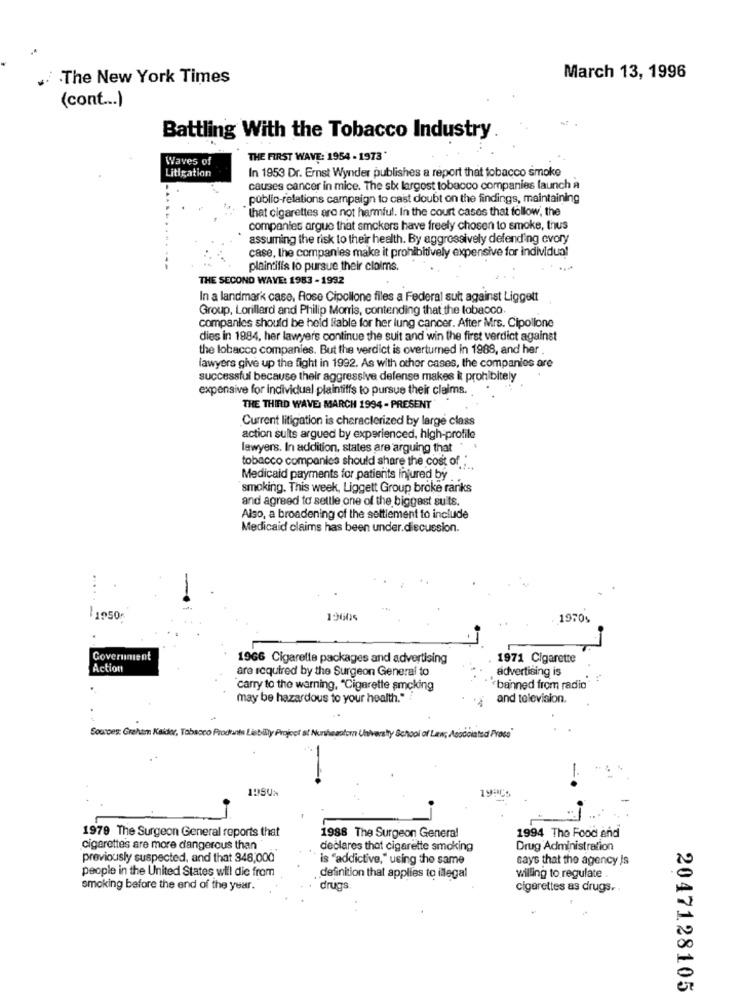
.The New York Times
March 13, 1996
(cont ... )
Battling With the Tobacco Industry
Waves of
THE FIRST WAVE: 1954 - 1973*
In 1953 Dr. Ernst Wynider publishes a report that tobacco smoke
Litigation
causes cancer in mice. The six largest tobacco companies launch a
public-relations campaign to cast doubt on the findings, maintaining
that cigarettes aro not harmful. In the court cases that follow, the
companies argue that smokers have freely chosen to smoke, thus
assuming the risk to their health. By aggressively defending evory
case, the companies make it prohibitively expensive for individual
plaintilis to pursue their claims.
THE SECOND WAVE: 1983 - 1992
In a landmark caso, Rose Cipollone files a Federal suit against Liggett
Group, Lorillard and Philip Morris, contending that the tobacco
companies should be held liable for her lung cancer. After Mrs. Cipollone
dies in 1984. her lawyers continue the suit and win the first verdict against
the lobacco companies. But the verdict is overturned in 1988, and her .
lawyers give up the fight in 1992. As with other cases, the companies are
successful because their aggressive defense makes it prohibitely
expensive for individual plaintiffs to pursue their claims.
THE THIRD WAVE MARCH 1994 -PRESENT
Current litigation is characterized by large class
action sults argued by experienced, high-profile
lawyers. In addition, states are arguing that
tobacco companies should share the cost of ..
Medicaid payments for patients Injured by
smoking. This week, Liggett Group broke ranks
and agreed to sellle one of the biggest suits.
Also, a broadening of the settlement to include
Medicaid claims has been under.discussion.
1950
19605
1970%
Government
1966 Cigarette packages and advertising
1971 Cigarette
Action
are required by the Surgeon General to
advertising is
carry to the warning, "Cigarette smoking
"banned from radio"
may be hazardous to your health."
and television.
Sources: Graham Kakker, Tobacco Products Liability Project st Northeastern University School of Law, Associated Press
1979 The Surgeon General reports that
1988 The Surgeon General
1994 The Food and
cigarettes are more dangerous than
declares that cigarette smoking
Drug Administration
previously suspected, and that 348,000
is "addictive," using the same
says that the agency Js
people in the United States will die from
definition that applies to illegal
willing to regulate .
smoking before the end of the year.
drugs
cigarettes as drugs.
00
er
2047128105